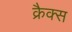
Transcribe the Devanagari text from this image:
क्रैक्स